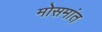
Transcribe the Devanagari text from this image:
मोसमांत